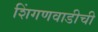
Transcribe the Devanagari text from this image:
शिंगणवाडीची